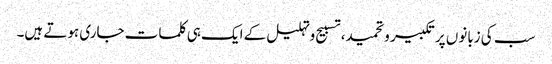
سب کی زبانوں پر تکبیر وتحمید، تسبیح وتہلیل کے ایک ہی کلمات جاری ہوتے ہیں۔